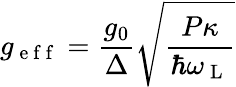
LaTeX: g_{\mathrm{~e~f~f~}}=\frac{g_{0}}{\Delta}\sqrt{\frac{P\kappa}{\hbar\omega_{\mathrm{~L~}}}}